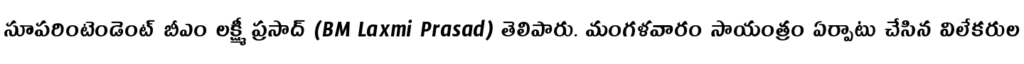
సూపరింటెండెంట్ బీఎం లక్ష్మీ ప్రసాద్ (BM Laxmi Prasad) తెలిపారు. మంగళవారం సాయంత్రం ఏర్పాటు చేసిన విలేకరుల